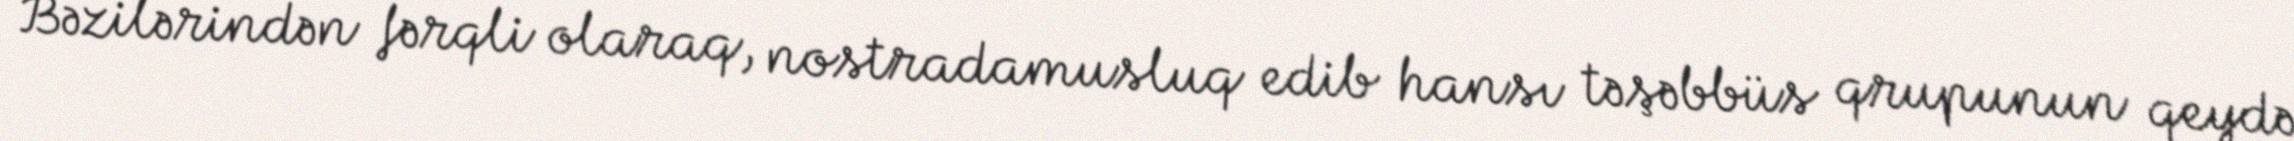
Bəzilərindən fərqli olaraq, nostradamusluq edib hansı təşəbbüs qrupunun qeydə